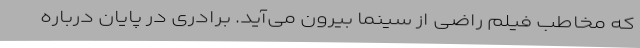
که مخاطب فیلم راضی از سینما بیرون می‌آید. برادری در پایان درباره